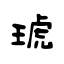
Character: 琥